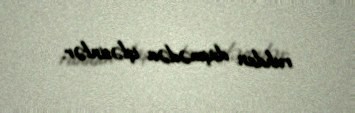
ruhdan düşmədən işləsinlər.